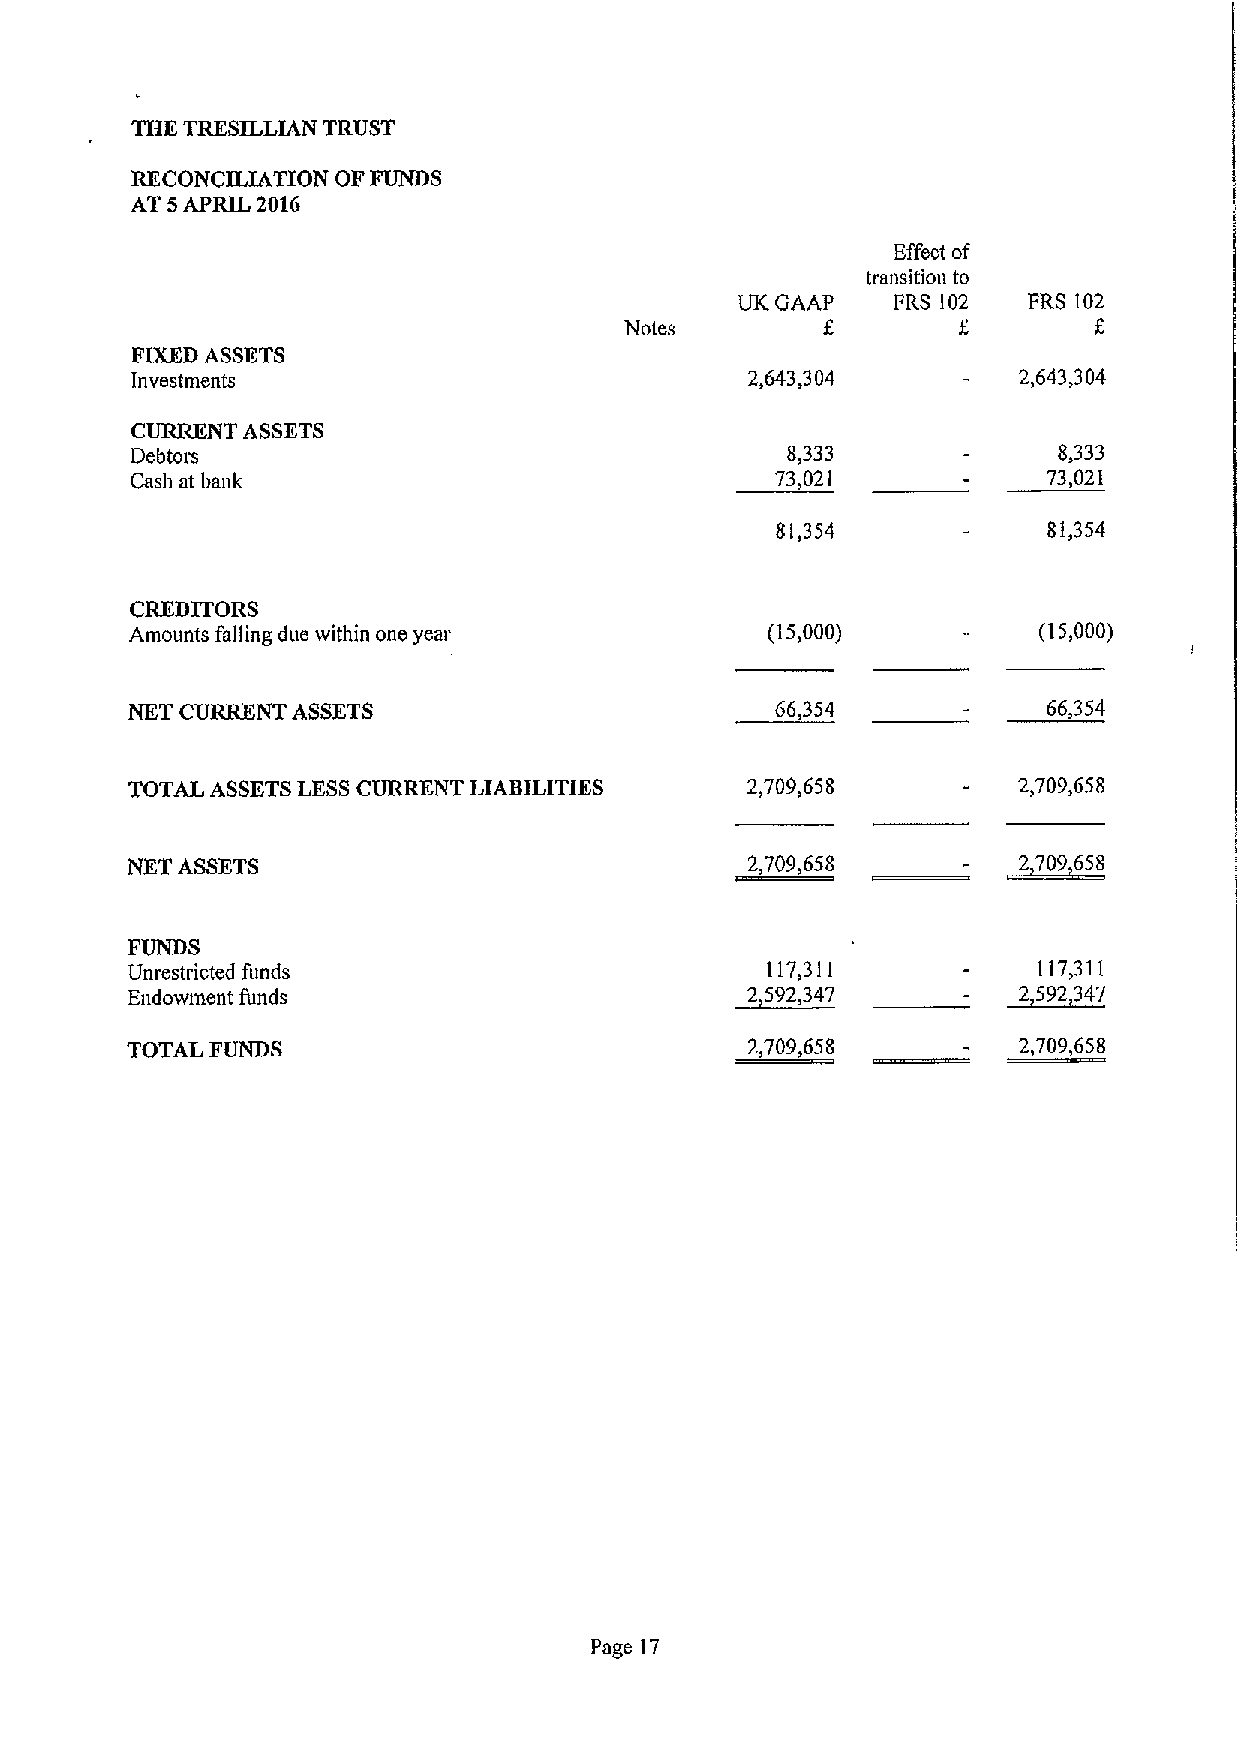
THK TRESILLIAN TRUST
 RECONCILIATION OFFUNDS
 AT 5APRIL 2016
 Effect of
 transition to
 UK GAAP   FRS 102  FRS 102
 Notes                          6
 FIXEDASSETS
 investments                              2,643,304        2,643,304
 CURRENT ASSETS
 Debtors                                    8,333             8,333
 Cash at bank                              73,021            73,021
 81,354            81,354
 CREDITORS
 Amounts falling due within one year       (15,000)          (15,000)
 NKT CURRENT ASSETS                         66,354            66,354
 TOTAL ASSETSLESSCURRENT LIABILITIES      2,709,658         2,709,658
 NKT ASSETS                               2,70965II      —  2 709658
 FUNDS
 Unrestricted fitnds                        117,311           117,311
 Endowment funds                          2 592,347         2 592 347
 TOTAL FUNDS                              2,709,658         2,709,658
 Page 17